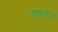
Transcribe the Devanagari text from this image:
अकाज